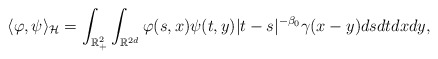
\begin{align*}\langle \varphi, \psi\rangle_{\mathcal H}=\int_{\mathbb R_+^2}\int_{\mathbb R^{2d}} \varphi(s,x)\psi(t,y) |t-s|^{-\beta_0}\gamma(x-y)dsdtdxdy,\end{align*}